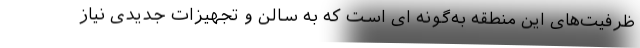
ظرفیت‌های این منطقه به‌گونه ای است که به سالن و تجهیزات جدیدی نیاز